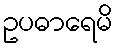
ဥပဓာရေမိ